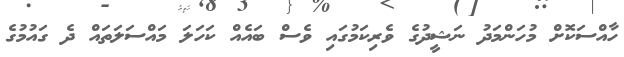
ހާއްސަކޮށް މުހަންމަދު ނަޝީދުގެ ވެރިކަމުގައި ވެސް ބައެއް ކަހަލަ މައްސަލަތައް ދެ ގައުމުގެ